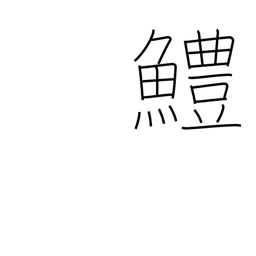
Meaning: sea eel